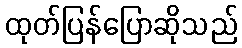
ထုတ်ပြန်ပြောဆိုသည်